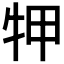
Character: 𤙇